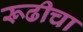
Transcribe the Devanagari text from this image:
रूढीचा